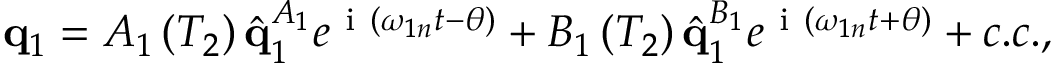
\mathbf { q } _ { 1 } = A _ { 1 } \left( T _ { 2 } \right) \hat { \mathbf { q } } _ { 1 } ^ { A _ { 1 } } e ^ { \mathrm { ~ i ~ } \left( \omega _ { 1 n } t - \theta \right) } + B _ { 1 } \left( T _ { 2 } \right) \hat { \mathbf { q } } _ { 1 } ^ { B _ { 1 } } e ^ { \mathrm { ~ i ~ } \left( \omega _ { 1 n } t + \theta \right) } + c . c . ,